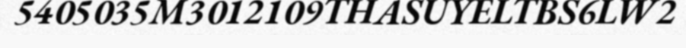
5405035M3012109THASUYELTBS6LW2